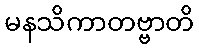
မနသိကာတဗ္ဗာတိ